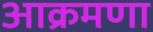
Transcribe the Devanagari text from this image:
आक्रमणा